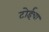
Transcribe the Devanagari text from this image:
टोईचा